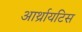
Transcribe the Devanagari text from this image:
आर्थ्रायटिस